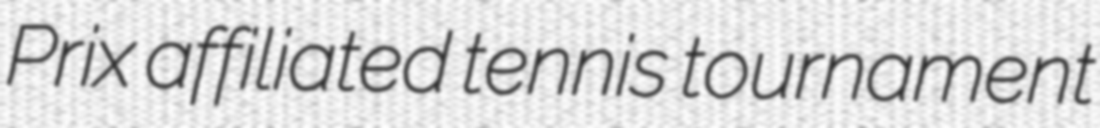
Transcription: Prix affiliated tennis tournament